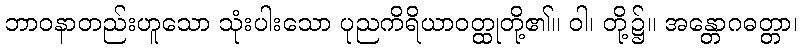
ဘာဝနာတည်းဟူသော သုံးပါးသော ပုညကိရိယာဝတ္ထုတို့၏။ ဝါ၊ တို့၌။ အန္တောဂဓတ္တာ၊